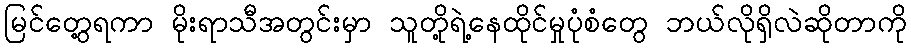
မြင်တွေ့ရကာ မိုးရာသီအတွင်းမှာ သူတို့ရဲ့နေထိုင်မှုပုံစံတွေ ဘယ်လိုရှိလဲဆိုတာကို